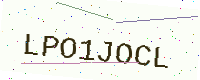
Text: LPO1JOCL